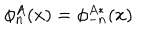
LaTeX: \phi _ { n } ^ { A } ( x ) = \phi _ { - n } ^ { A \ast } ( x )